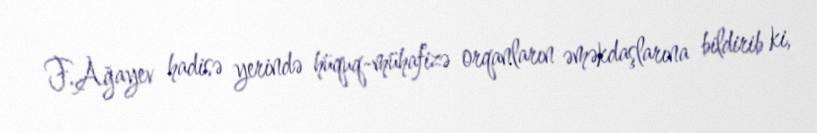
F.Ağayev hadisə yerində hüquq-mühafizə orqanların əməkdaşlarına bildirib ki,